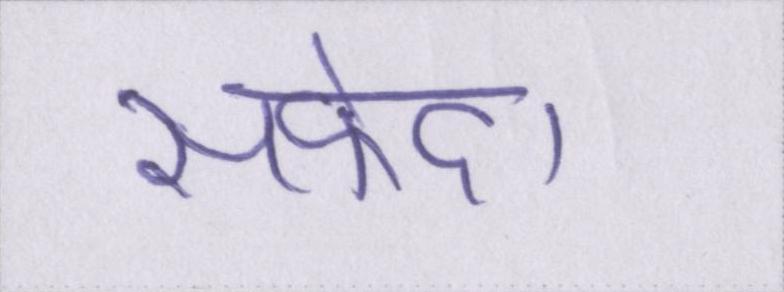
सफेद।